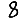
Digit: 8